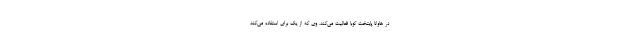
در هاوانا پایتخت کوبا فعالیت می‌کند. وی که از یک برای استفاده می‌کند